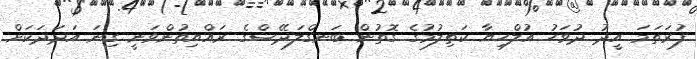
ފުރަތަމަ އީދު ދުވަހު އުލްހިޔާ ކަތިލުމުގެ ގޮތުން ބަނގްލަދޭޝްގެ ރައްޔިތުންވަނީ ގިނަ އަދަދަކަށް